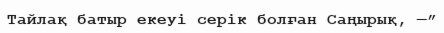
Тайлақ батыр екеуі серік болған Саңырық, —”